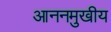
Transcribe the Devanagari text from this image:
आननमुखीय